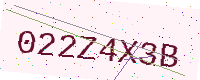
Text: 022Z4X3B